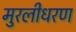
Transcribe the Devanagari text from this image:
मुरलीधरण